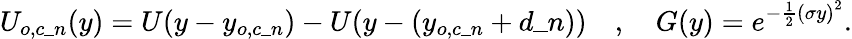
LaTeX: U_{o,c\_ n}(y)=U(y-y_{o,c\_ n})-U(y-(y_{o,c\_ n}+d\_ n))\quad,\quad G(y)=e^{-\frac{1}{2}\left(\sigma y\right)^{2}}.